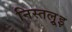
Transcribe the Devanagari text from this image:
निस्तल्रूइ